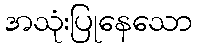
အသုံးပြုနေသော